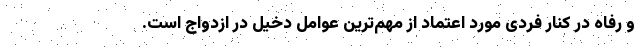
و رفاه در کنار فردی مورد اعتماد از مهم‌ترین عوامل دخیل در ازدواج است.